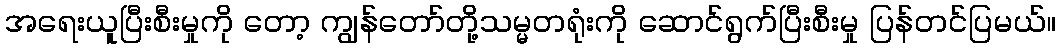
အရေးယူပြီးစီးမှုကို တော့ ကျွန်တော်တို့သမ္မတရုံးကို ဆောင်ရွက်ပြီးစီးမှု ပြန်တင်ပြမယ်။